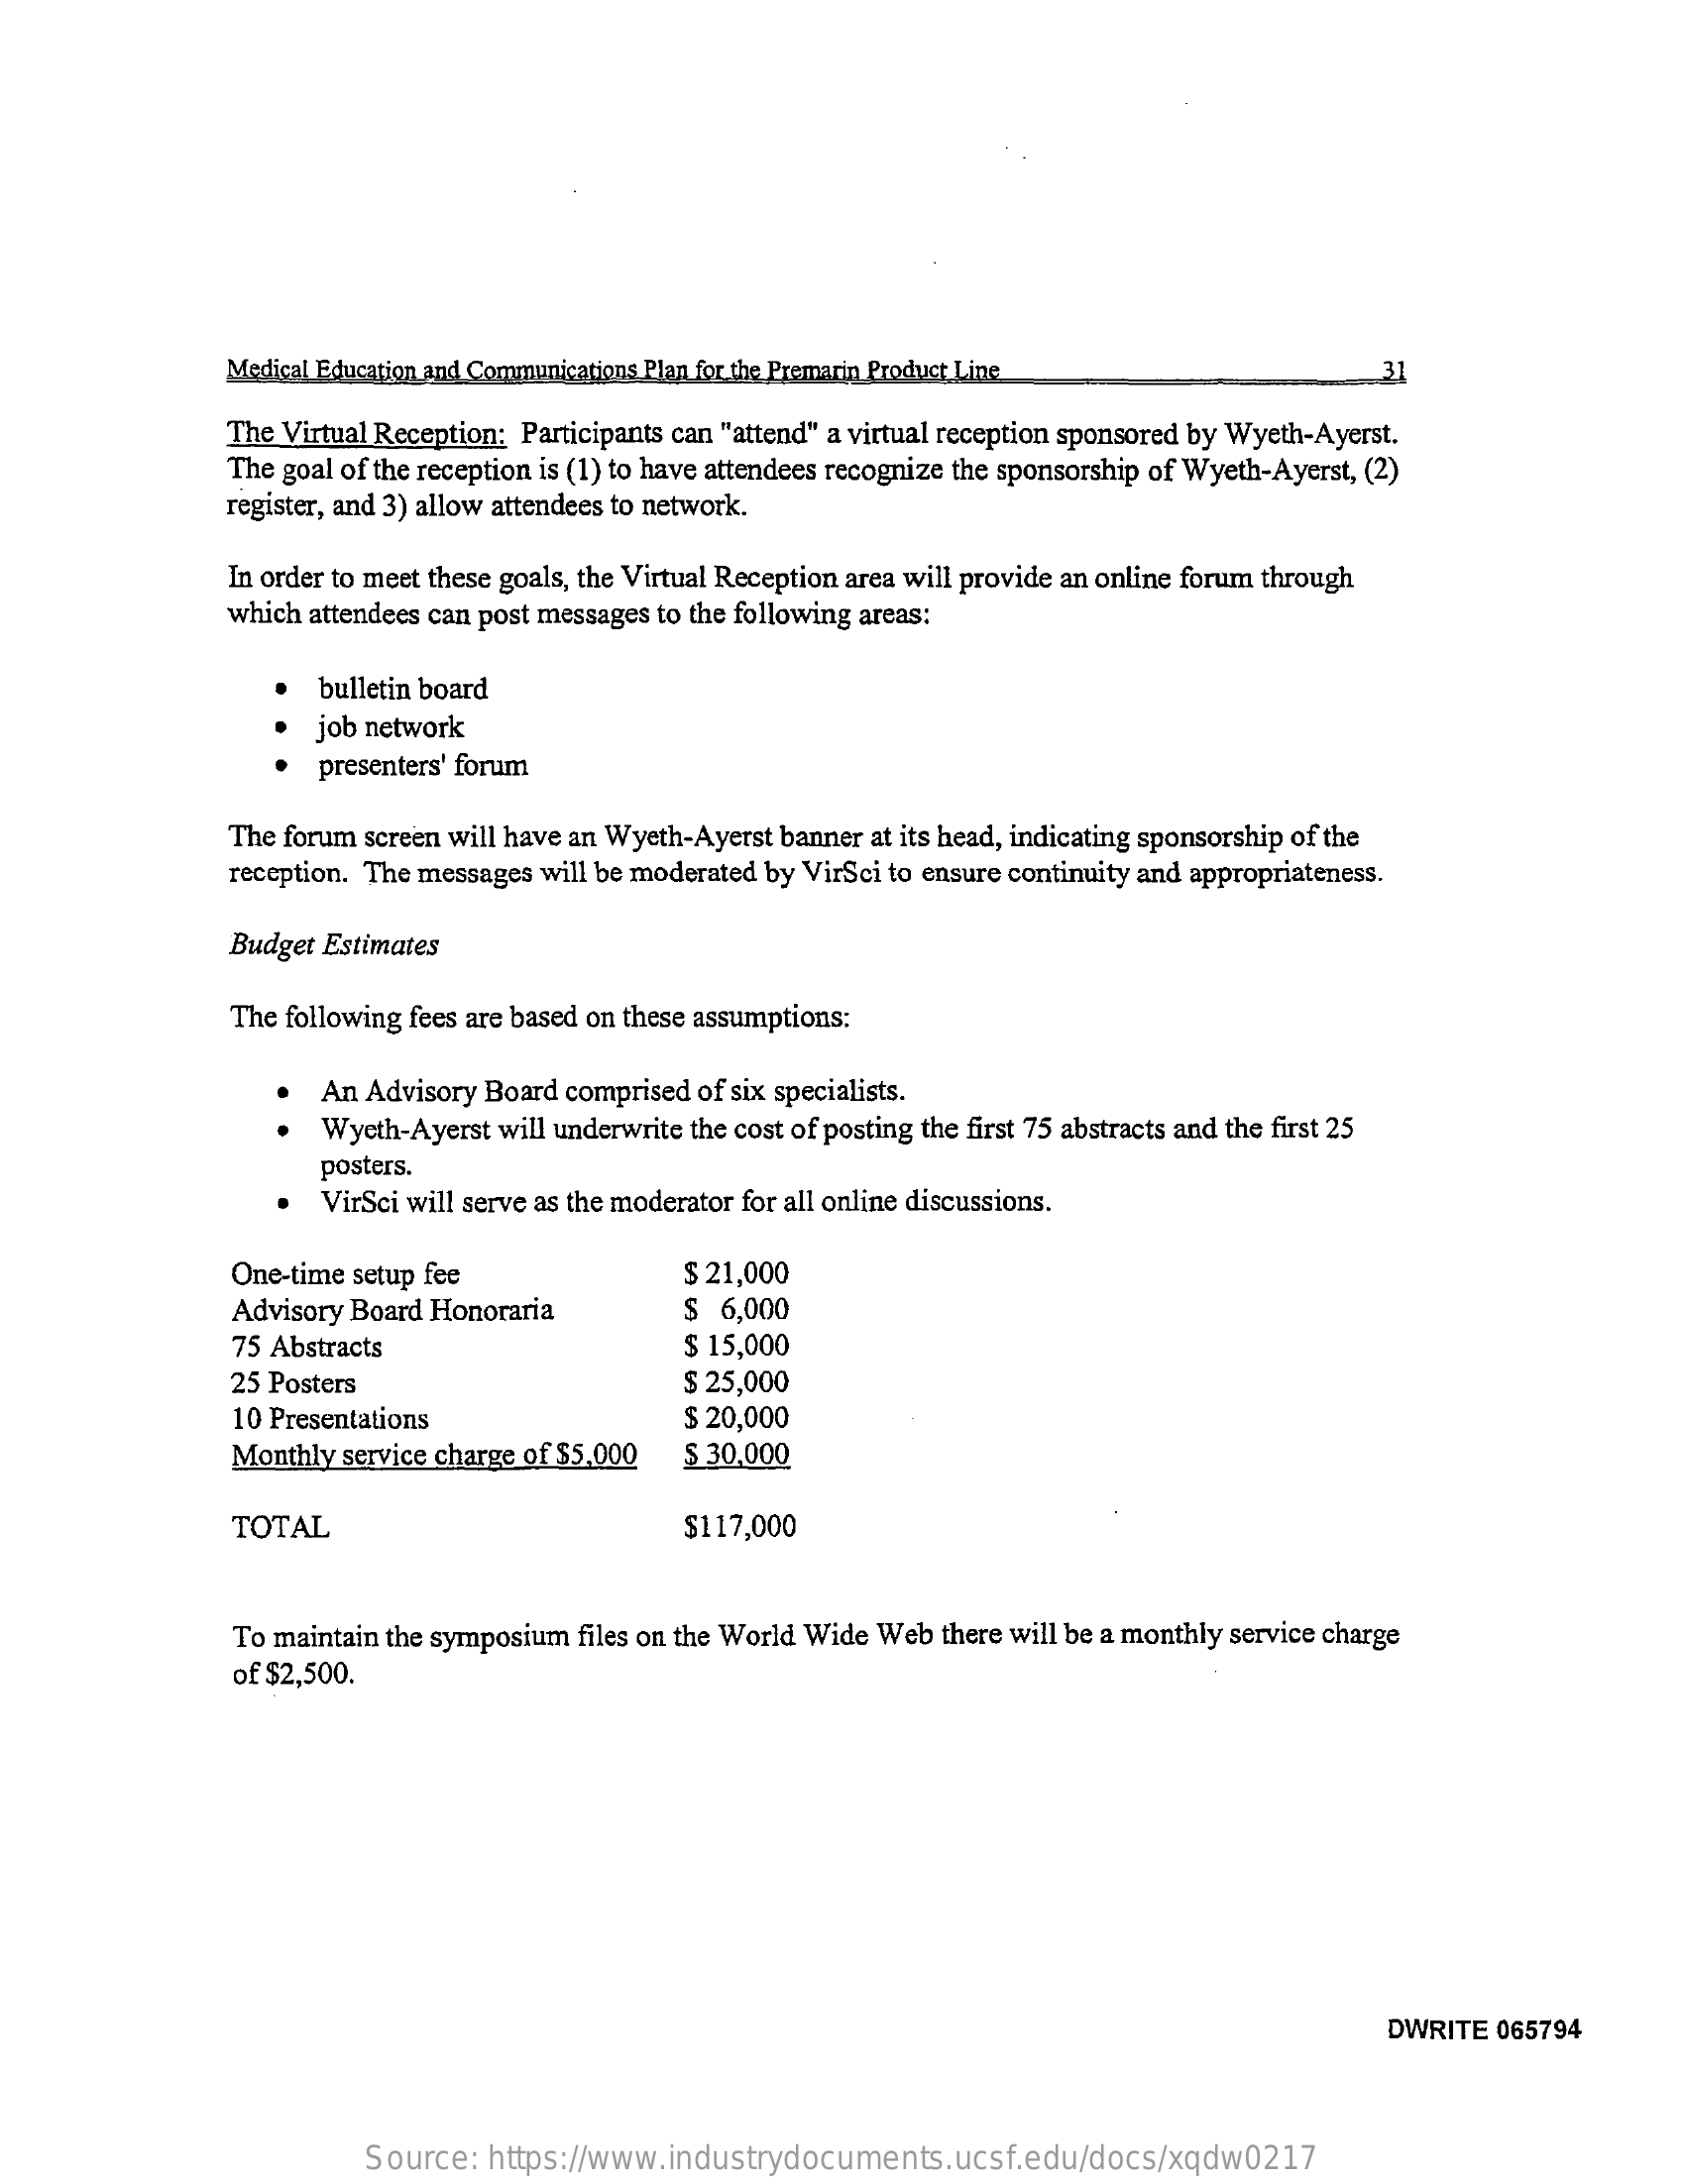
Medical Education and Communications Plan for the Premarin Product Line    31
     The Virtual Reception: Participants can "attend" a virtual reception sponsored by Wyeth-Ayerst.
     The goal of the reception is (1) to have attendees recognize the sponsorship of Wyeth-Ayerst, (2)
     register, and 3) allow attendees to network.
     In order to meet these goals, the Virtual Reception area will provide an online forum through
     which attendees can post messages to the following areas:
     bulletin board
     job network
     presenters' forum
     The forum screen will have an Wyeth-Ayerst banner at its head, indicating sponsorship of the
     reception. The messages will be moderated by VirSci to ensure continuity and appropriateness.
     Budget Estimates
     The following fees are based on these assumptions:
     An Advisory Board comprised of six specialists.
     Wyeth-Ayerst will underwrite the cost of posting the first 75 abstracts and the first 25
     posters.
     VirSci will serve as the moderator for all online discussions.
     One-time setup fee    $ 21,000
     Advisory Board Honoraria    $ 6,000
     75 Abstracts    $ 15,000
     25 Posters    $ 25,000
     10 Presentations    $ 20,000
     Monthly service charge of $5.000 $ 30,000
     TOTAL    $117,000
     To maintain the symposium files on the World Wide Web there will be a monthly service charge
     of $2,500.
     DWRITE 065794
     Source:  https://www.industrydocuments.ucsf.edu/docs/xqdw0217